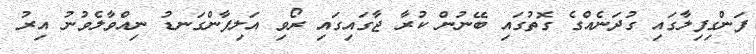
ފަންގިފިލާގައި ގުދަނެއްގެ ގޮތުގައި ބޭނުން ކުރާ ޖާގައިގައި ރޯވި އަލިފާންގަނޑު ނިއްވާލެވުނު އިރު